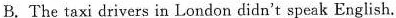
B. The taxi drivers in London didn't speak English.